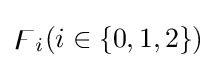
\digamma _{i}(i\in \{0,1,2\})